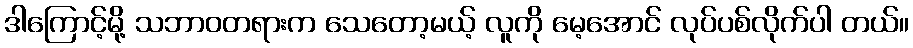
ဒါကြောင့်မို့ သဘာဝတရားက သေတော့မယ့် လူကို မေ့အောင် လုပ်ပစ်လိုက်ပါ တယ်။